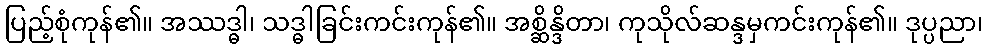
ပြည့်စုံကုန်၏။ အဿဒ္ဓါ၊ သဒ္ဓါခြင်းကင်းကုန်၏။ အစ္ဆိန္ဒိတာ၊ ကုသိုလ်ဆန္ဒမှကင်းကုန်၏။ ဒုပ္ပညာ၊